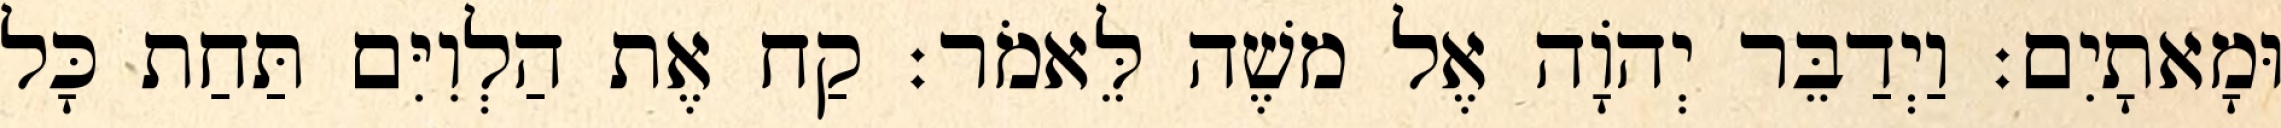
וּמָאתָיִם׃ וַיְדַבֵּר יְהוָֹה אֶל משֶׁה לֵּאמֹר׃ קַח אֶת הַלְוִיִּם תַּחַת כָּל